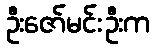
ဦးဇော်မင်းဦးက